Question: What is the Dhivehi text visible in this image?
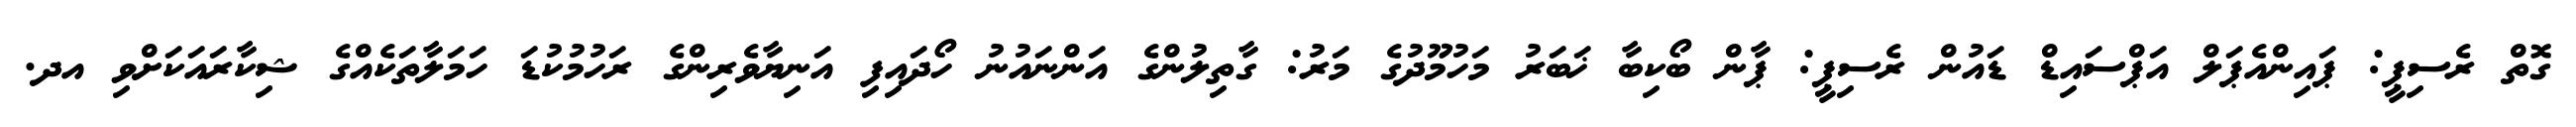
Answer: ގޮތް ރެސިޕީ: ޕައިންއެޕަލް އަޕްސައިޑް ޑައުން ރެސިޕީ: ޕާން ބޯކިބާ ޚަބަރު މަހުމޫދުގެ މަރު: ގާތިލުންގެ އަންނައުނު ހޯދައިފި އަނިޔާވެރިންގެ ރަހުމުކުޑަ ހަމަލާތަކެއްގެ ޝިކާރައަކަށްވި އދ.